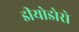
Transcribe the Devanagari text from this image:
डीयोडोरो